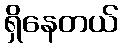
ရှိနေတယ်